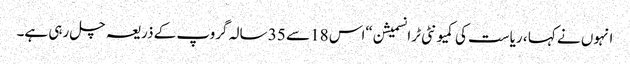
انہوں نے کہا ، ریاست کی کمیونٹی ٹرانسمیشن “اس 18 سے 35 سالہ گروپ کے ذریعہ چل رہی ہے۔